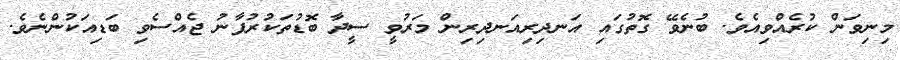
މިނިވަން ކުރެއްވިއެވެ. ބުނެވޭ ގޮތުގައި އަނދިރިއަނދިރިން މަރުވީ ސީދާ ބޮޑުތަކުރުފާނު ޖެއްސެވި ބަޑިއަކުންނެވެ.